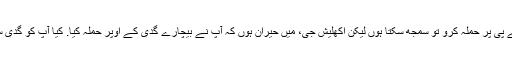
’ مودی نے کہا کہ ‘بی جے پی پر حملہ کرو تو سمجھ سکتا ہوں لیکن اکھلیش جی، میں حیران ہوں کہ آپ نے بیچارے گدی کے اوپر حملہ کیا. کیا آپ کو گدی سے بھی ڈر لگنے لگا ہے؟